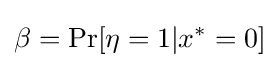
\beta =\operatorname {Pr} [\eta =1|x^{*}=0]